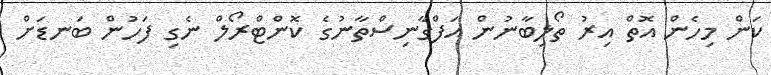
ކަން މިހެން އޮތް އިރު ތޯލިބާނުން އަފްގާނިސްތާނުގެ ކޮންޓްރޯލް ނެގި ފަހުން ބަނޑަށް